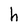
Character: h